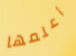
أعلمها